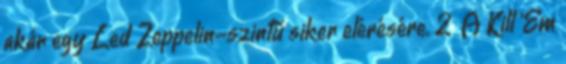
akár egy Led Zeppelin-szintű siker elérésére. 2 A Kill 'Em